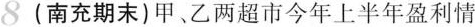
8 (南充期末)甲、乙两超市今年上半年盈利情